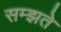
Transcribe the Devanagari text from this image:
सम्झते